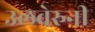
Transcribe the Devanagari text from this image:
उलवेरुनी